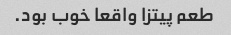
طعم پیتزا واقعا خوب بود.